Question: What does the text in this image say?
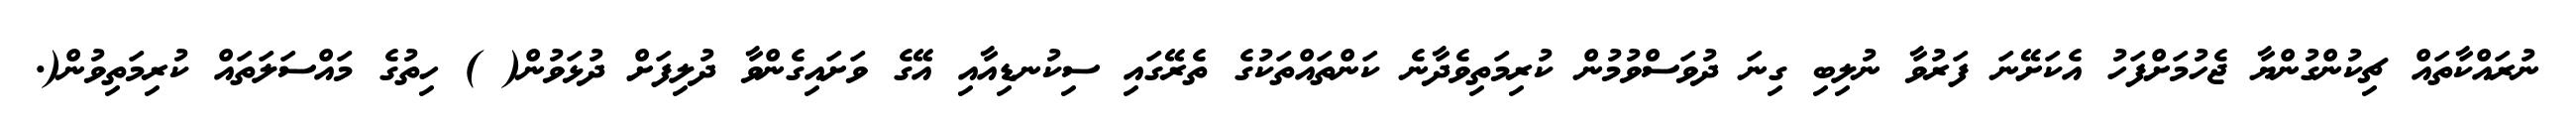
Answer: ނުރައްކާތައް ޗިކުންގުންޔާ ޖެހުމަށްފަހު އެކަށޭނަ ފަރުވާ ނުލިބި ގިނަ ދުވަސްވުމުން ކުރިމަތިވެދާނެ ކަންތައްތަކުގެ ތެރޭގައި ސިކުނޑިއާއި އޭގެ ވަށައިގެންވާ ދުލިފަށް ދުޅަވުން( ) ހިތުގެ މައްސަލަތައް ކުރިމަތިވުން(.